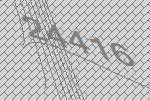
24416